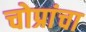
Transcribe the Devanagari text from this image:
चोप्रांचा